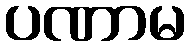
ပဏာမ